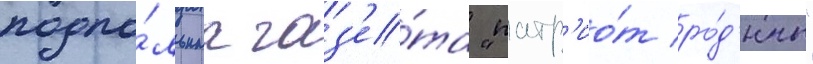
подпо́льнаа газ'е́та "патр'ио́т ро́д'ины"